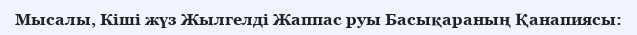
Мысалы, Кіші жүз Жылгелді Жаппас руы Басықараның Қанапиясы: